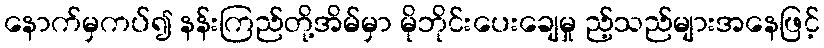
နောက်မှကပ်၍ နန်းကြည်တို့အိမ်မှာ မိုဘိုင်းပေးချေမှု ည့်သည်များအနေဖြင့်